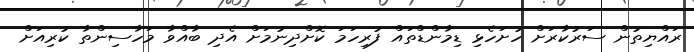
ރައްޔިތުން ސަރުކާރަށް ހުށަހެޅި ޑިމާންޑްތައް ފުރިހަމަ ކޮށްދިނުމަށް އެދި ބާއްވާ މަހާސިންތާ ކުރިއަށް